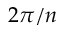
2 \pi / n